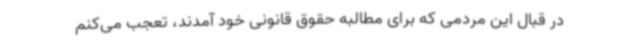
در قبال این مردمی که برای مطالبه حقوق قانونی خود آمدند، تعجب می‌کنم